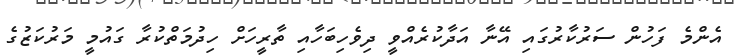
އެންމެ ފަހުން ސަރުކާރުގައި އޭނާ އަދާކުރެއްވީ ދިވެހިބަހާއި ތާރީހަށް ހިދުމަތްކުރާ ގައުމީ މަރުކަޒުގެ